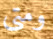
ومتى